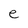
Character: e